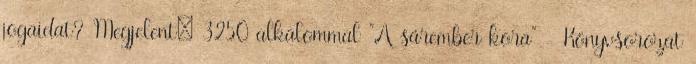
jogaidat? Megjelent: 3250 alkalommal "A sárember kora" - Könyvsorozat